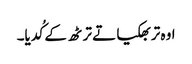
اوہ تربھکیا تے ترٹھ کے کُدیا۔